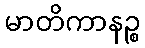
မာတိကာနဉ္စ